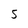
Character: 5